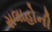
સલાહોની